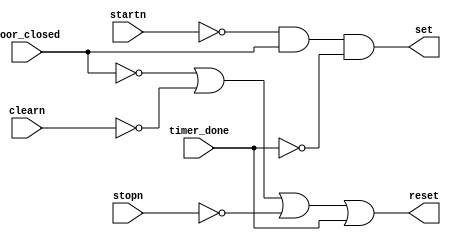
module controle_mag_on (input startn, input stopn, input clearn, input door_closed, input timer_done, output set, output reset);

wire set_int, reset_int;

assign set_int = (~startn) & door_closed & (~timer_done);
assign reset_int = (~door_closed) | (~clearn) | ~stopn | timer_done;

assign set = set_int;
assign reset = reset_int;

endmodule